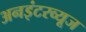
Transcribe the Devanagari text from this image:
अनइंटरव्यूज